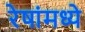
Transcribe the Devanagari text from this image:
रेषांमध्ये